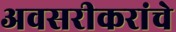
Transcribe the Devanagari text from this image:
अवसरीकरांचे